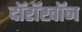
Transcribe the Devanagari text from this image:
दॉरॉखॉन